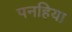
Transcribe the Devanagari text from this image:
पनहिया